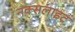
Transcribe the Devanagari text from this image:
नक्सलाइट